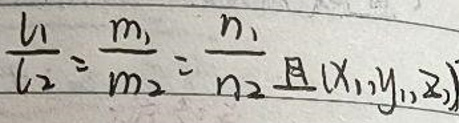
$\frac {l_{1}}{l_{2}}=\frac {m_{1}}{m_{2}}=\frac {n_{1}}{n_{2}}$且$(x_{1},y_{1},z_{1})$